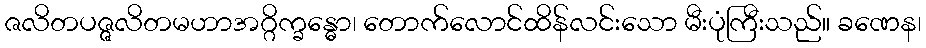
ဇလိတပဇ္ဇလိတမဟာအဂ္ဂိက္ခန္ဓော၊ တောက်လောင်ထိန်လင်းသော မီးပုံကြီးသည်။ ခဏေန၊